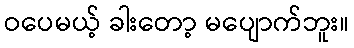
ဝပေမယ့် ခါးတော့ မပျောက်ဘူး။